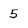
Character: 5